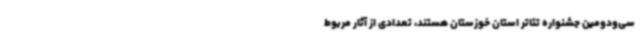
سی‌ودومین جشنواره تئاتر استان خوزستان هستند، تعدادی از آثار مربوط